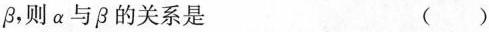
β，则\alpha与β的关系是 ( )